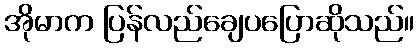
အိုမာက ပြန်လည်ချေပပြောဆိုသည်။